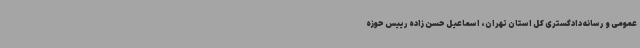
عمومی و رسانه دادگستری کل استان تهران، اسماعیل حسن زاده رییس حوزه